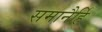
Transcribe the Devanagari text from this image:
समानैर्हि